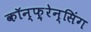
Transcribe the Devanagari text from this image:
कॉन्फ़्रेन्सिंग